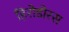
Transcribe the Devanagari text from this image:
हिरोडोरस